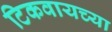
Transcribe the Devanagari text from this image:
टिकवायच्या